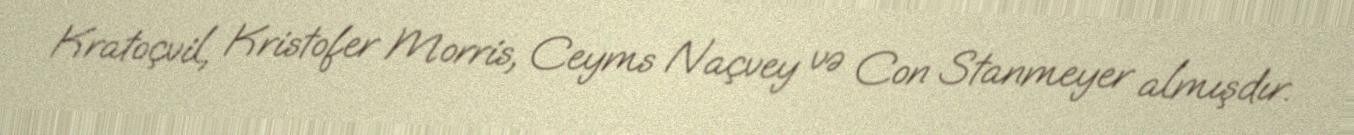
Kratoçvil, Kristofer Morris, Ceyms Naçvey və Con Stanmeyer almışdır.